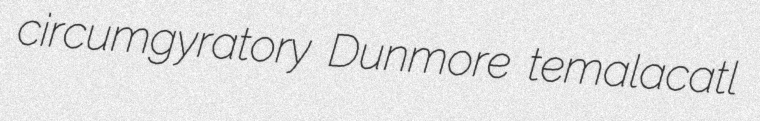
circumgyratory Dunmore temalacatl